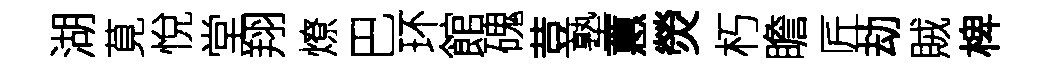
湖莧悅堂翔燎巴环館磈荳塾蕙熒朽瞻匠劫賊椑